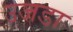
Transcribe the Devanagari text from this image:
उजडा